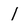
Character: 1